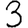
Digit: 3